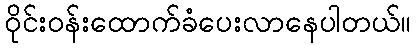
ဝိုင်းဝန်းထောက်ခံပေးလာနေပါတယ်။